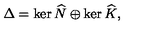
\Delta = \ker \widehat { N } \oplus \ker \widehat { K } ,